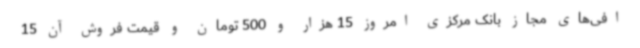
افی‌های مجاز بانک مرکزی امروز 15 هزار و 500 تومان و قیمت فروش آن 15